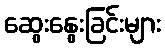
ဆွေးနွေးခြင်းများ